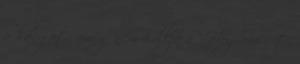
a hangot, amíg nem hallja a “Hey Siri” –t,